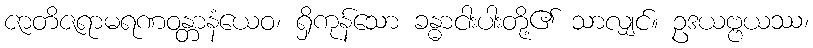
ဇာတိဇရာမရဏဝန္တာနံယေဝ၊ ရှိကုန်သော ခန္ဓာငါးပါးတို့၏ သာလျှင်။ ဥဒယဗ္ဗယဿ၊